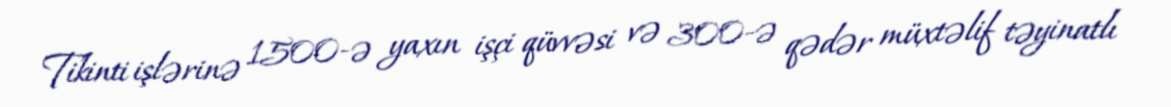
Tikinti işlərinə 1500-ə yaxın işçi qüvvəsi və 300-ə qədər müxtəlif təyinatlı